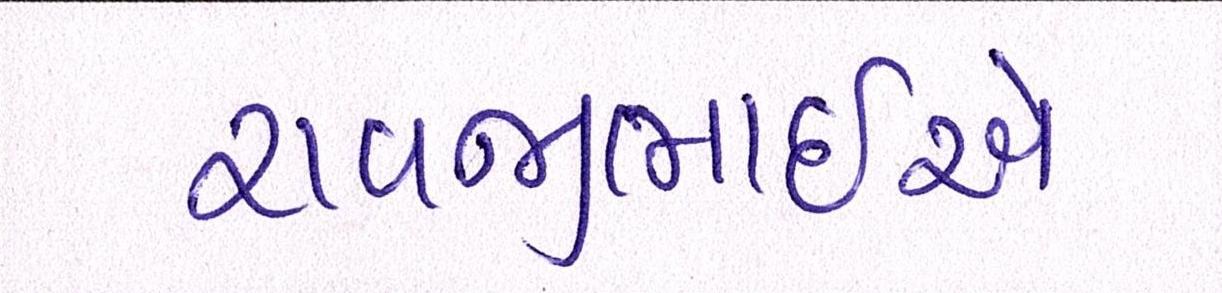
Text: રાવજીભાઈએ